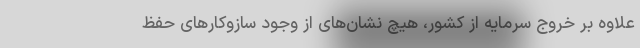
علاوه بر خروج سرمایه از کشور، هیچ نشان‌های از وجود سازوکار‌های حفظ